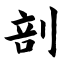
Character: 剖